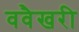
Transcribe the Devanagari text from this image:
ववैखरी